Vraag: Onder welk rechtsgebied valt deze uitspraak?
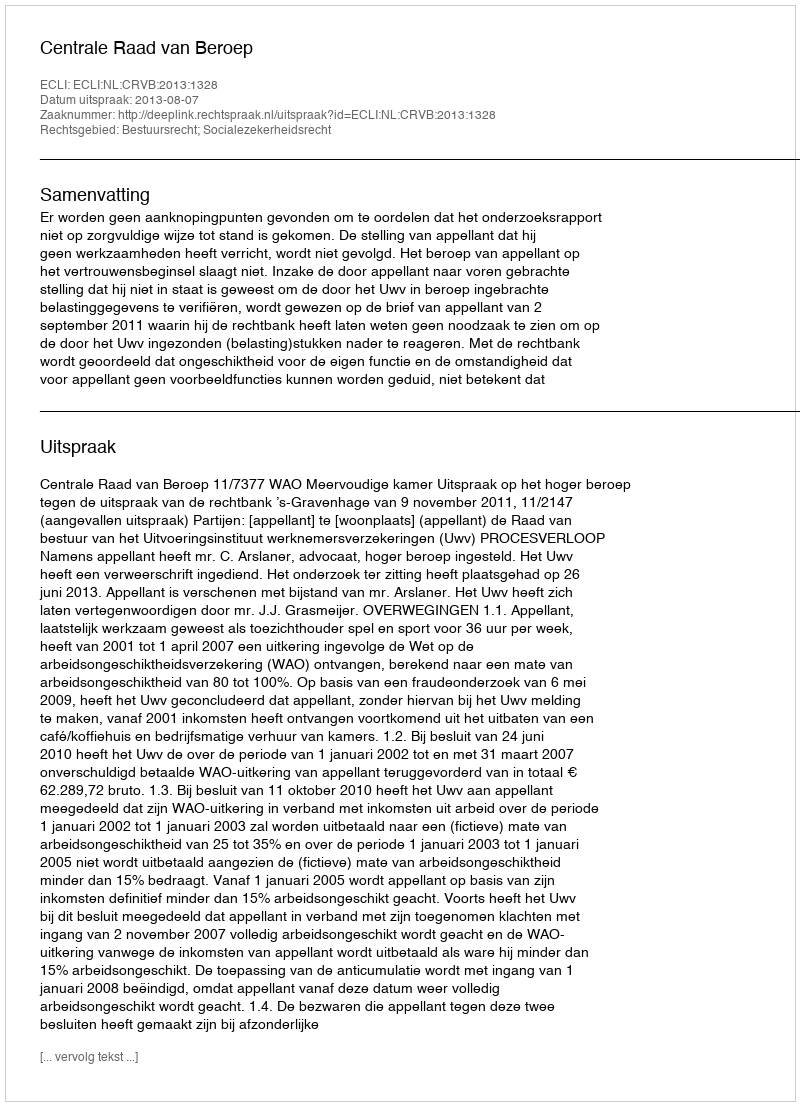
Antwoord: Bestuursrecht; Socialezekerheidsrecht